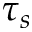
\tau _ { s }